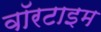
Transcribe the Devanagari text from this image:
वॉरटाइम